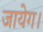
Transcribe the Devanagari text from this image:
जायेग।